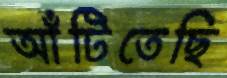
আঁটিতেছি